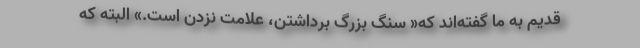
قدیم به ما گفته‌اند که« سنگ بزرگ برداشتن، علامت نزدن است.» البته که